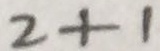
2 + 1